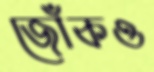
জোঁকও